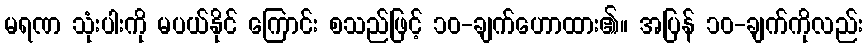
မရဏ သုံးပါးကို မပယ်နိုင် ကြောင်း စသည်ဖြင့် ၁၀-ချက်ဟောထား၏။ အပြန် ၁၀-ချက်ကိုလည်း